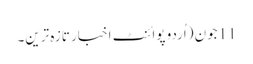
11جون (اُردو پوائنٹ اخبار تازہ ترین۔